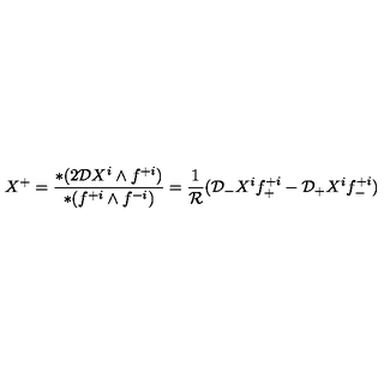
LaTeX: X ^ { + } = { \frac { * ( 2 { \cal D } X ^ { i } \wedge f ^ { + i } ) } { * ( f ^ { + i } \wedge f ^ { - i } ) } } = { \frac { 1 } { \cal R } } ( { \cal D } _ { - } X ^ { i } f _ { + } ^ { + i } - { \cal D } _ { + } X ^ { i } f _ { - } ^ { + i } )